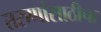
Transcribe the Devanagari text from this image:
तरुणांसाठीचा